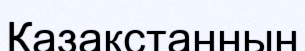
Қазақстаннын